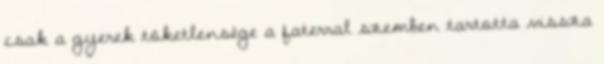
csak a gyerek töketlensége a faterral szemben tartotta vissza